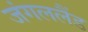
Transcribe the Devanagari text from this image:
जंगललैंड